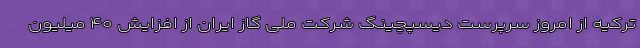
ترکیه از امروز سرپرست دیسپچینگ شرکت ملی گاز ایران از افزایش ۴۰ میلیون